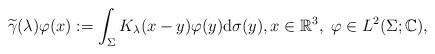
LaTeX: \begin{align*} \widetilde{\gamma}(\lambda) \varphi(x) := \int_\Sigma K_\lambda(x - y) \varphi(y) \mathrm{d} \sigma(y), x \in \mathbb{R}^3, ~\varphi \in L^2(\Sigma; \mathbb{C}),\end{align*}